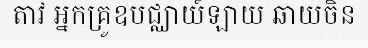
តាវ អ្នកគ្រូឧបជ្ឈាយ៍ឡាយ ឆាយចិន